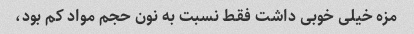
مزه خیلی خوبی داشت فقط نسبت به نون حجم مواد کم بود،